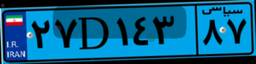
۲۷D۱۴۳۸۷